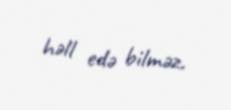
həll edə bilməz.